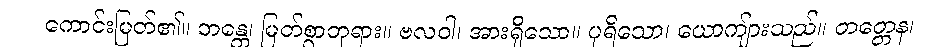
ကောင်းမြတ်၏။ ဘန္တေ၊ မြတ်စွာဘုရား။ ဗလဝါ၊ အားရှိသော။ ပုရိသော၊ ယောကျ်ားသည်။ တတ္တေန၊